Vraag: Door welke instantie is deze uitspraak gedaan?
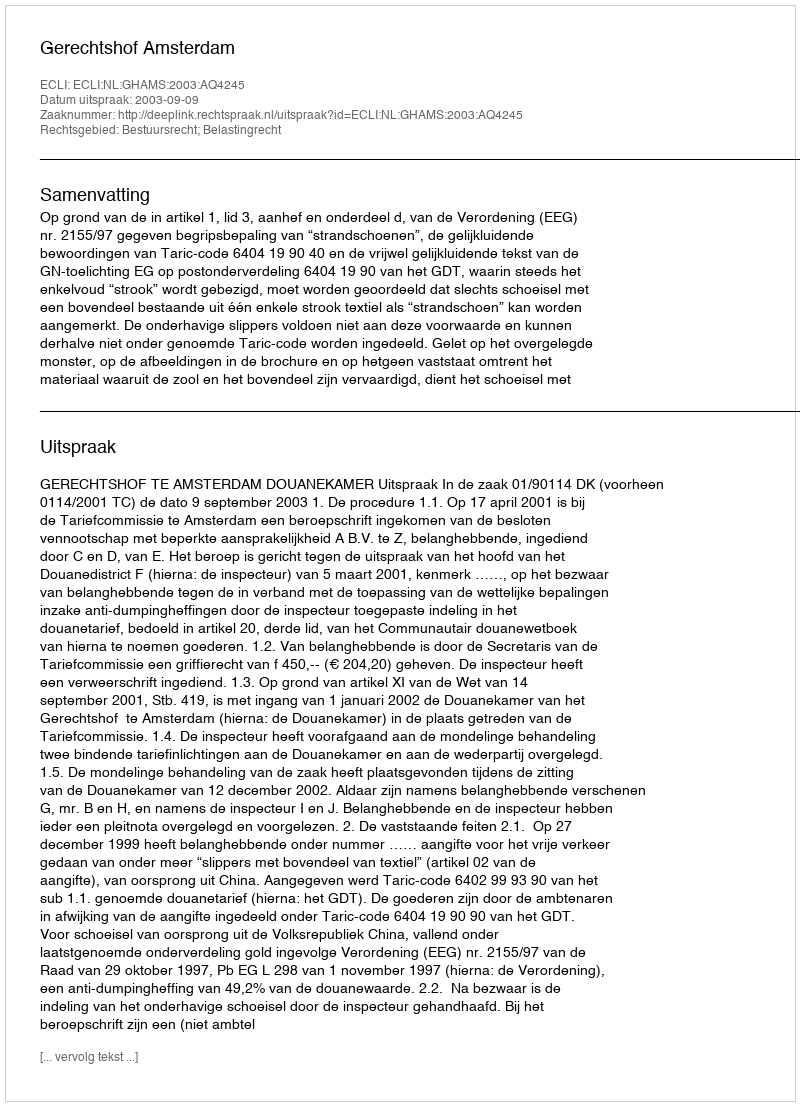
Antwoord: Gerechtshof Amsterdam